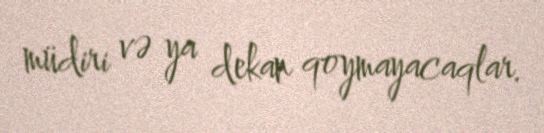
müdiri və ya dekan qoymayacaqlar.